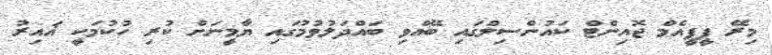
މިރޭ ޕީޕީއެމް ޖޮއިންޓް ކައުންސިލްގައި ބޭއްވި ބައްދަލުވުމުގައި ޔާމީނަށް ކުރި ހުކުމަކީ ޣައިރު